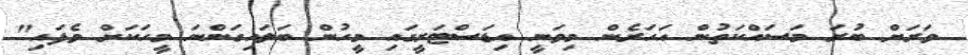
ވަރަށް ބުރަ މަސައްކަތުން އަހަރެން މިވަނީ އިޑަސްޓަރީގައި މީހުން ބަލައިގަންނަ މީހަކަށް ވެފައި"